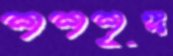
শশশৃঙ্গ